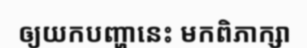
ឲ្យយកបញ្ហានេះ មកពិភាក្សា